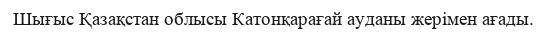
Шығыс Қазақстан облысы Катонқарағай ауданы жерімен ағады.